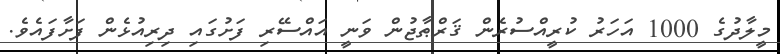
މީލާދުގެ 1000 އަހަރު ކުރީއްސުރެން ޤަރްޠާޖުން ވަނީ އައްސޭރި ފަށުގައި ދިރިއުޅެން ފަށާފައެވެ.